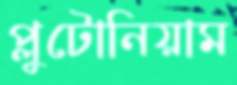
প্লুটোনিয়াম